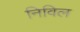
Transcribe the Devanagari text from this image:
निविल